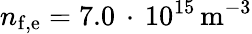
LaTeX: {n}_{\mathrm{f,e}}=7.0\, \cdot\, 10^{15}\, \mathrm{{m}^{-3}}